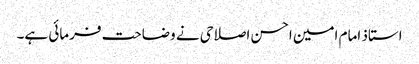
استاذ امام امین احسن اصلاحی نے وضاحت فرمائی ہے۔